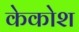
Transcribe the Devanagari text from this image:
केकोश